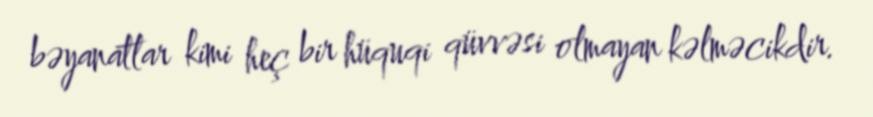
bəyanatlar kimi heç bir hüquqi qüvvəsi olmayan kəlməcikdir.